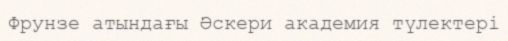
Фрунзе атындағы Әскери академия түлектері